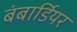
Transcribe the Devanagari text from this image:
बंबार्डियर